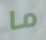
ما